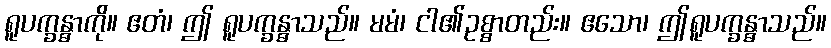
ရူပက္ခန္ဓာကို။ ဧတံ၊ ဤ ရူပက္ခန္ဓာသည်။ မမံ၊ ငါ၏ဥစ္စာတည်း။ ဧသော၊ ဤရူပက္ခန္ဓာသည်။